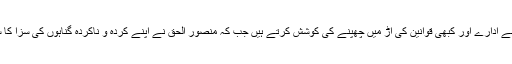
مشرف آج ملک سے باہر ہیں، کبھی اپنے ادارے اور کبھی قوانین کی آڑ میں چھپنے کی کوشش کرتے ہیں جب کہ منصور الحق نے اپنے کردہ و ناکردہ گناہوں کی سزا کا سامنا کیا اور دنیا سے رخصت ہوگئے۔